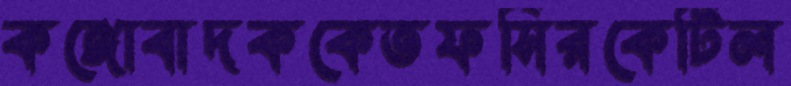
কঙ্গোবাদককেতফসিরকেটিল